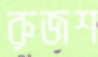
রুজশ